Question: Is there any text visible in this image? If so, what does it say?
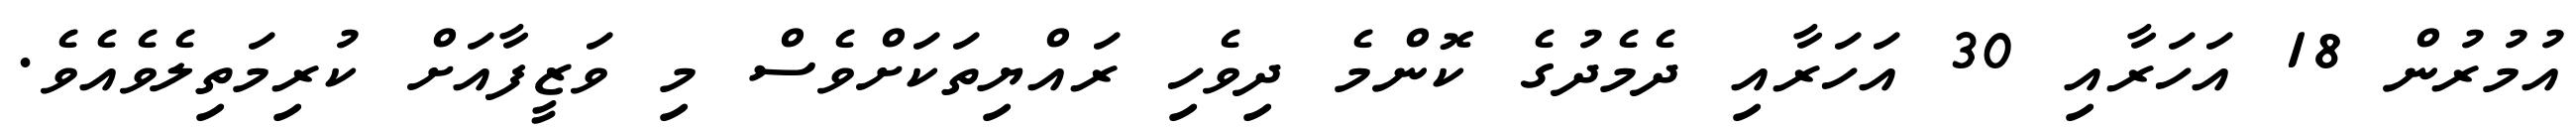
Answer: އުމުރުން 18 އަހަރާއި 30 އަހަރާއި ދެމެދުގެ ކޮންމެ ދިވެހި ރައްޔިތަކަށްވެސް މި ވަޒީފާއަށް ކުރިމަތިލެވެއެވެ.